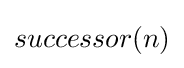
successor(n)